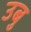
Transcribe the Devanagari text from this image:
उबु